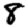
Digit: 8